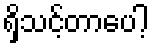
ရှိသင့်တာပေါ့